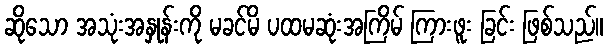
ဆိုသော အသုံးအနှုန်းကို မခင်မိ ပထမဆုံးအကြိမ် ကြားဖူး ခြင်း ဖြစ်သည်။